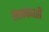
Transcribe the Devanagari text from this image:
लेखकाशी